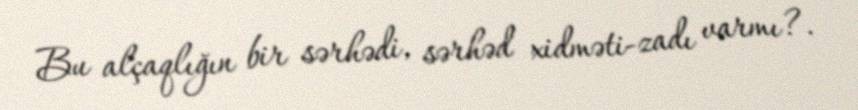
Bu alçaqlığın bir sərhədi, sərhəd xidməti-zadı varmı?.